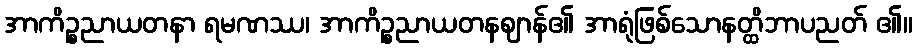
အာကိဉ္စညာယတနာ ရမဏဿ၊ အာကိဉ္စညာယတနဈာန်၏ အာရုံဖြစ်သောနတ္ထိဘာပညတ် ၏။